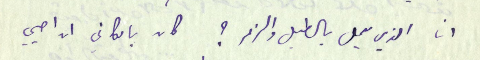
انا الذي يعمل بالطبل والزمر؟ كان بامكاني ان احيي